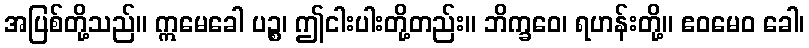
အပြစ်တို့သည်။ ဣမေခေါ ပဉ္စ၊ ဤငါးပါးတို့တည်း။ ဘိက္ခဝေ၊ ရဟန်းတို့။ ဧဝမေဝ ခေါ၊